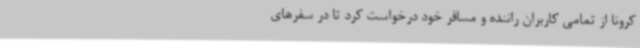
کرونا از تمامی کاربران راننده و مسافر خود درخواست کرد تا در سفرهای